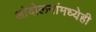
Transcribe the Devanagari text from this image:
आंदोलनांमध्येही